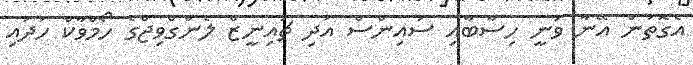
އެގޮތުން އޭނާ ވަނީ ހިސާބާއި ސައިންސް އަދި ޗައިނީޒް ލެންގްވިޖްގެ ހޯމްވާކް ހަދައި